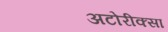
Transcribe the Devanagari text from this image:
अटोरीक्सा